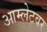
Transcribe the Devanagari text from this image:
आम्लेटवर